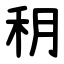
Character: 䄴